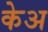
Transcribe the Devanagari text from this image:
केअ